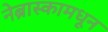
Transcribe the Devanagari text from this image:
नेब्रास्कामधून